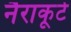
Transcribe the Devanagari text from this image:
नैराकूर्ट